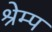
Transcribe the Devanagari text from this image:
श्रेम्प